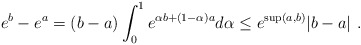
\begin{align*} e^{b}-e^{a}=(b-a)\int_0^1 e^{\alpha b+(1-\alpha ) a}d\alpha \leq e^{\sup (a, b)} \vert b-a \vert \ .\end{align*}